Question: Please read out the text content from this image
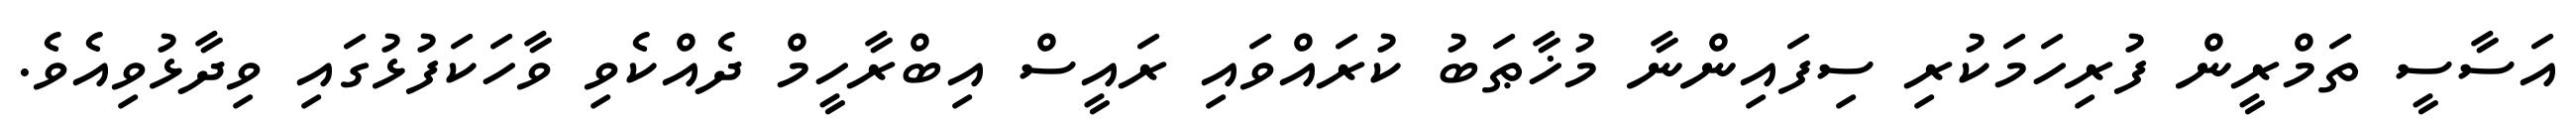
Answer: އަސާސީ ތަމްރީން ފުރިހަމަކުރި ސިފައިންނާ މުޚާޠަބު ކުރައްވައި ރައީސް އިބްރާހީމް ދެއްކެވި ވާހަކަފުޅުގައި ވިދާޅުވިއެވެ.